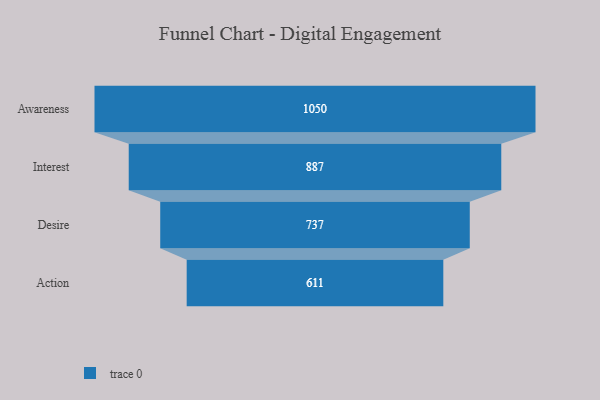
{"axis": {"x": "Stage", "y": "Value"}, "legend": [""], "data": [{"x": "Awareness", "y": 1050.0, "type": ""}, {"x": "Interest", "y": 887.0, "type": ""}, {"x": "Desire", "y": 737.0, "type": ""}, {"x": "Action", "y": 611.0, "type": ""}]}